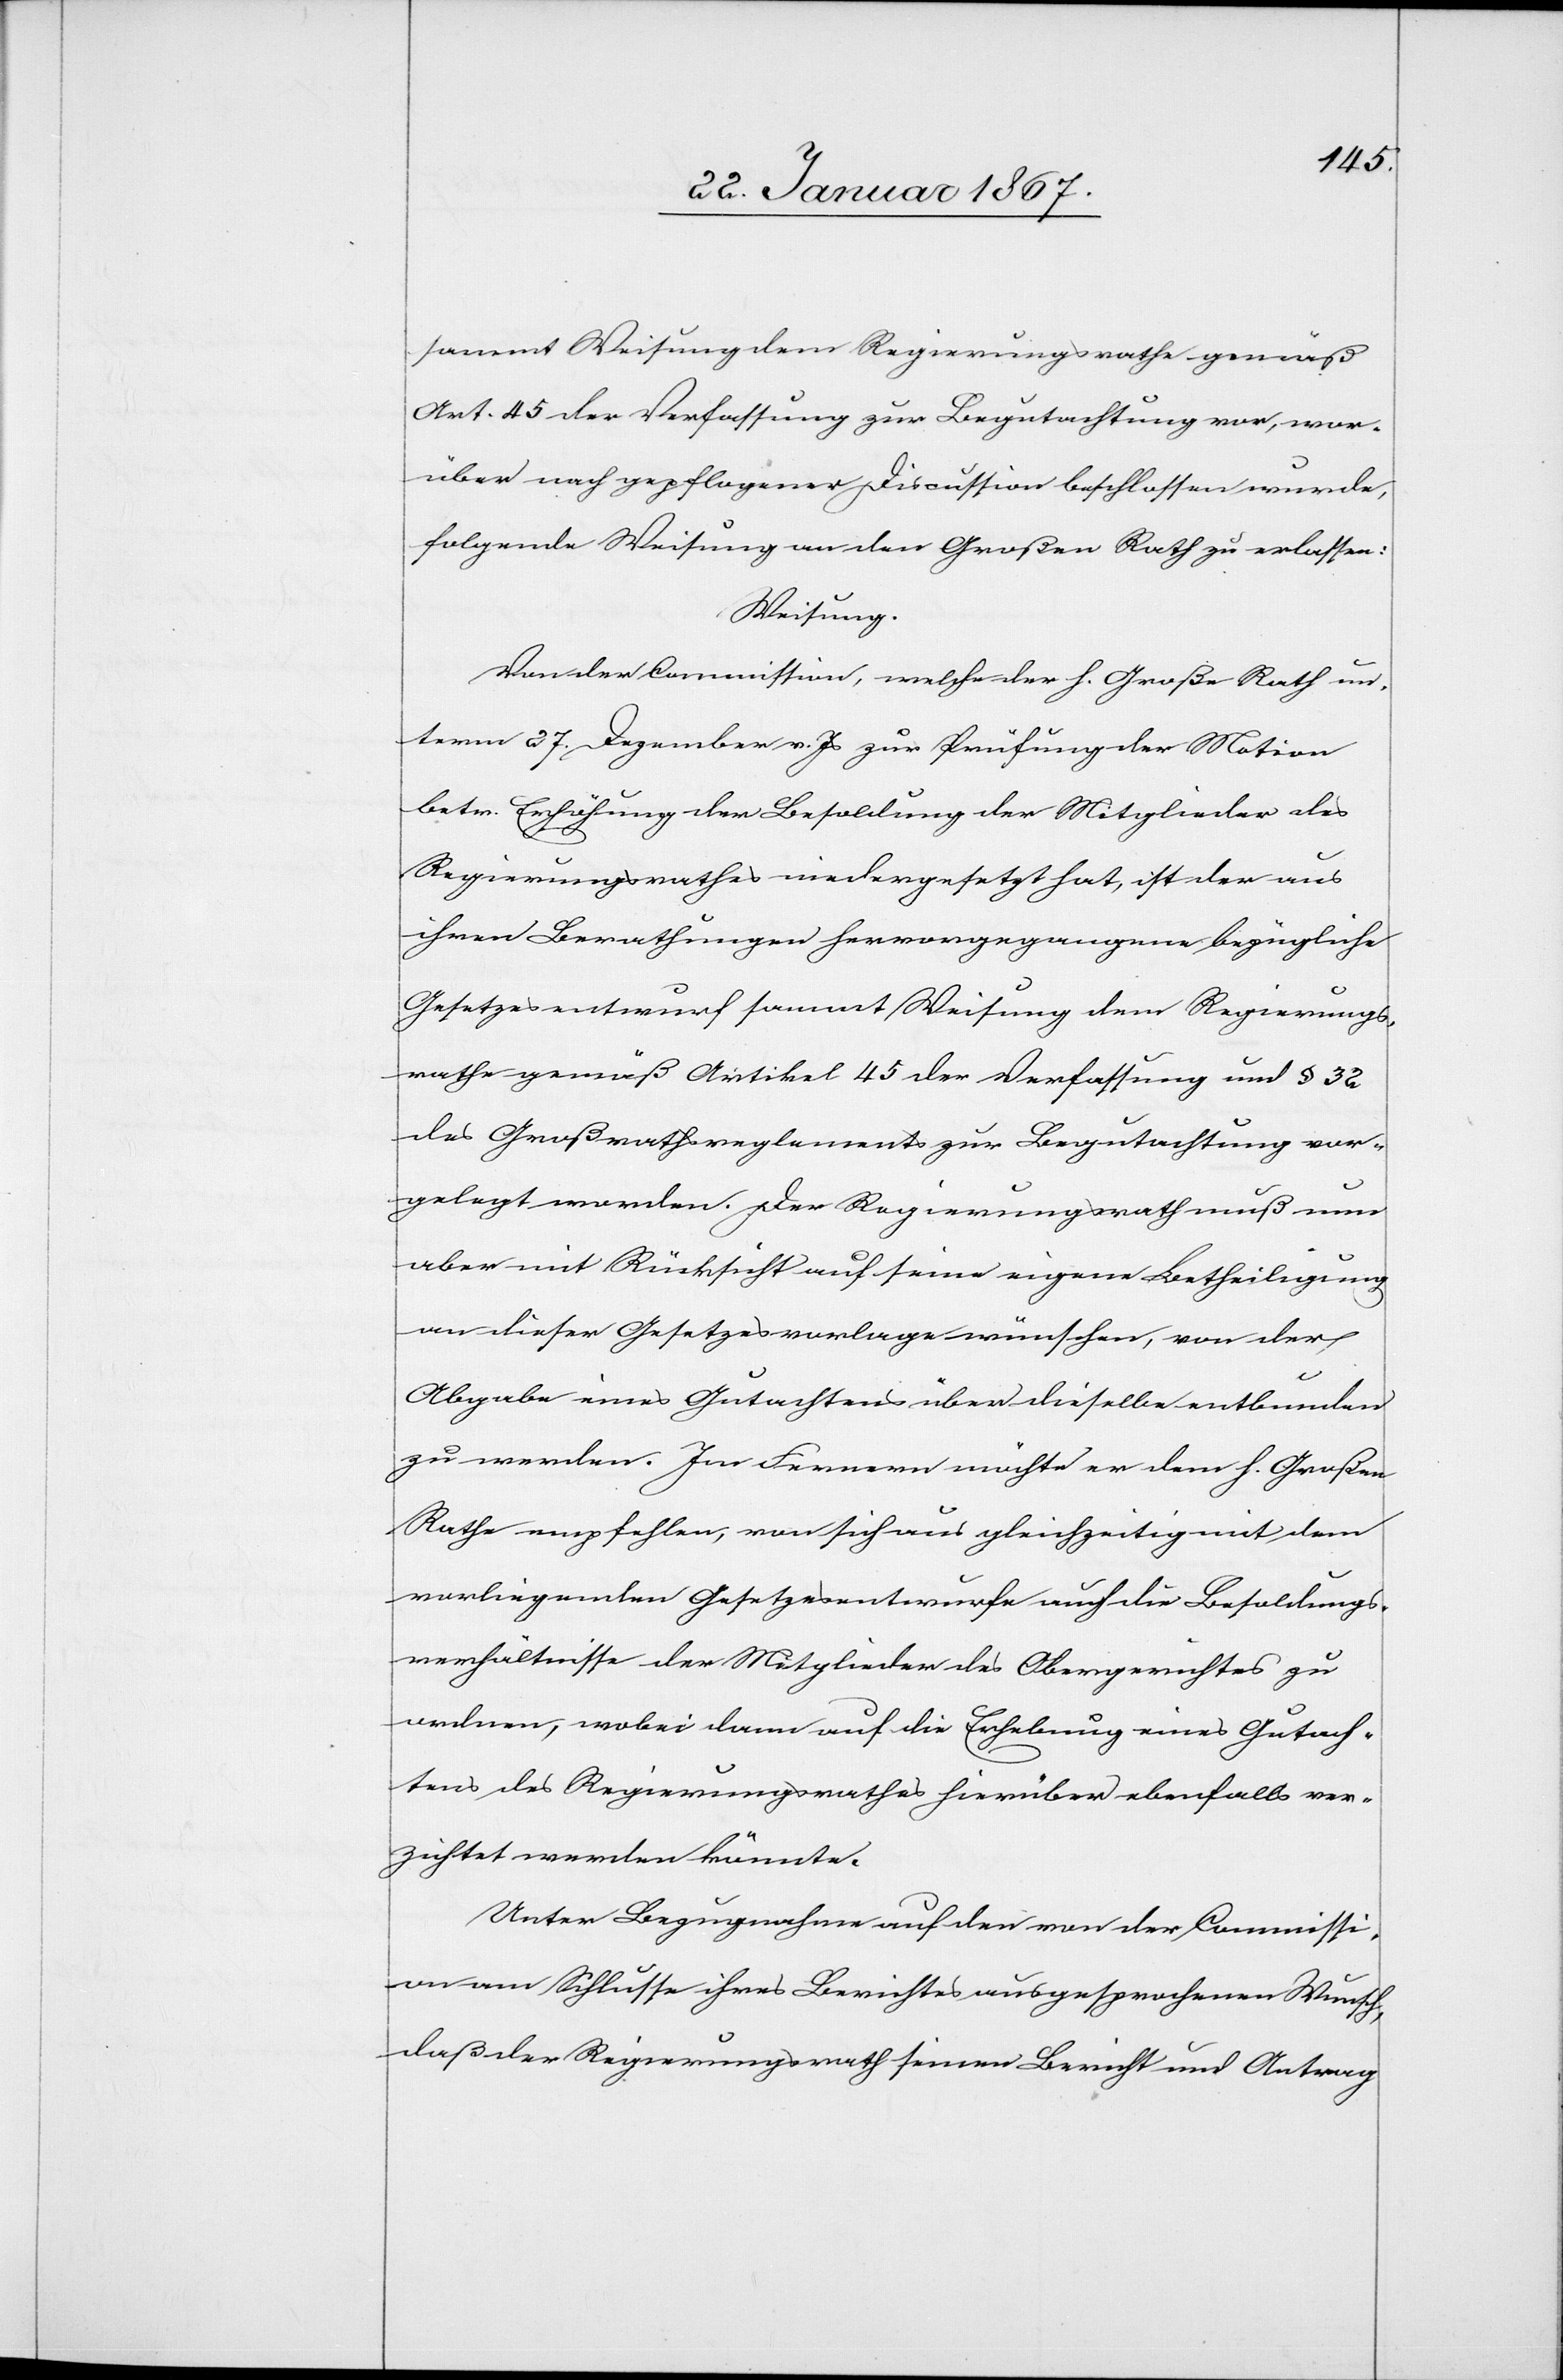
sammt Weisung dem Regierungsrath gemäß
Art. 45 der Verfassung zur Begutachtung vor, wor¬
über nach gepflogener Discussion beschlossen wurde,
folgende Weisung an den Großen Rath zu erlassen:
Weisung.
Von der Commission, welche der h. Große Rath un¬
term 27. Dezember v. Js zur Prüfung der Motion
betr. Erhöhung der Besoldung der Mitglieder des
Regierungsrathes niedergesetzt hat, ist der aus
ihren Berathungen hervorgegangene bezügliche
Gesetzesentwurf sammt Weisung dem Regierungs¬
rath gemäß Artikel 45 der Verfassung und § 32
des Großrathreglements zur Begutachtung vor¬
gelegt worden. Der Regierungsrath muß nun
aber mit Rücksicht auf seine eigene Betheiligung
an dieser Gesetzesvorlage wünschen, von der
Abgabe eines Gutachtens über dieselbe entbunden
zu werden. Im Fernern möchte er dem h. Großen
Rathe empfehlen, von sich aus gleichzeitig mit dem
vorliegenden Gesetzesentwurf auch die Besoldungs¬
verhältnisse der Mitglieder des Obergerichtes zu
ordnen, wobei denn auf die Erhebung eines Gutach¬
tens des Regierungsrathes hierüber ebenfalls ver¬
zichtet werden könnte.
Unter Bezugnahme auf den von der Commissi¬
on am Schlusse ihres Berichtes ausgesprochenen Wunsch,
daß der Regierungsrath seinen Bericht und Antrag